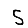
Digit: 5